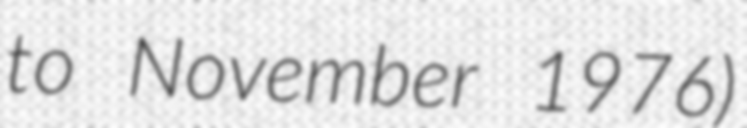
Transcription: to November 1976)